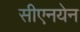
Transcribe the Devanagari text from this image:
सीएनयेन